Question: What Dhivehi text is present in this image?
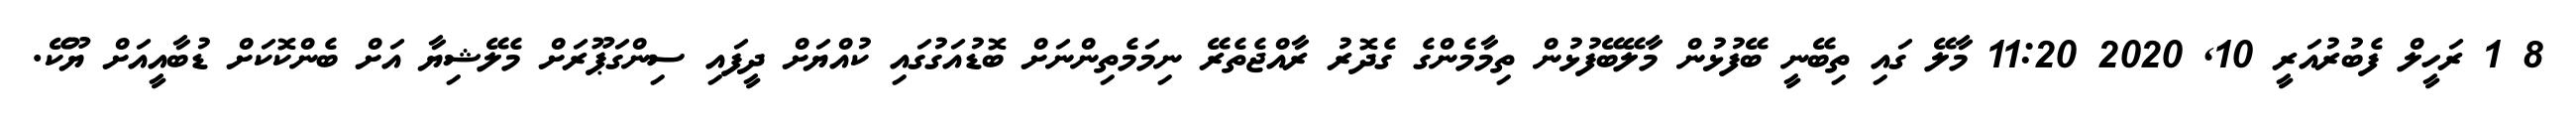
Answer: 8 1 ރަހީލް ފެބުރުއަރީ 10, 2020 11:20 މާލޭ ގައި ތިބޭނީ ބޭފުޅުން މާލޭބޭފުޅުން ތިމާމެންގެ ގެދޮރު ރާއްޖެތެރޭ ނިމަމެތިންނަށް ބޮޑުއަގުގައި ކުއްޔަށް ދީފައި ސިންގަޕޫރަށް މެލޭޝިޔާ އަށް ބެންކޮކަށް ޑުބާއީއަށް ޔޫކޭ.